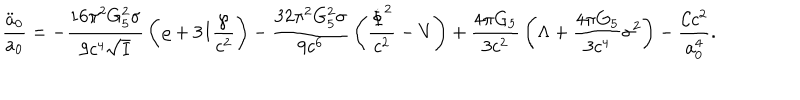
{ \frac { \ddot { a } _ { 0 } } { a _ { 0 } } } = - { \frac { 1 6 \pi ^ { 2 } G _ { 5 } ^ { 2 } \sigma } { 9 c ^ { 4 } \sqrt { I } } } \left( \varrho + 3 I { \frac { \wp } { c ^ { 2 } } } \right) - { \frac { 3 2 \pi ^ { 2 } G _ { 5 } ^ { 2 } \sigma } { 9 c ^ { 6 } } } \left( { \frac { \dot { \Phi } ^ { 2 } } { c ^ { 2 } } } - V \right) + { \frac { 4 \pi G _ { 5 } } { 3 c ^ { 2 } } } \left( \Lambda + { \frac { 4 \pi G _ { 5 } } { 3 c ^ { 4 } } } \sigma ^ { 2 } \right) - { \frac { { \cal C } c ^ { 2 } } { a _ { 0 } ^ { 4 } } } .